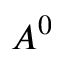
A ^ { 0 }